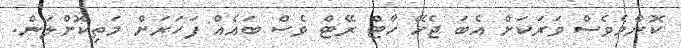
ކޮންމެވެސް ވަރަކަށް އެބަ ޖެހޭ ހާޓް ރޭޓް ވެސް ބައެއް ފަހަރަށް މަތިކޮށްލަން.